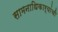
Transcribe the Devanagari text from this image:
सामनाधिकार्‍यांची